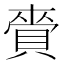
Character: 賫